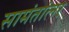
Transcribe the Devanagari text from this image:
सामंतांलर